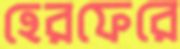
হেরফেরে